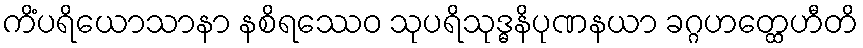
ကိံပရိယောသာနာ နစိရဿေဝ သုပရိသုဒ္ဓနိပုဏနယာ ခဂ္ဂဟတ္ထေဟီတိ